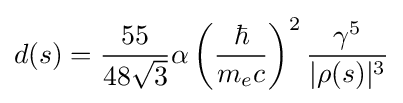
d(s)={\frac {55}{48{\sqrt {3}}}}\alpha \left({\frac {\hbar }{m_{e}c}}\right)^{2}{\frac {\gamma ^{5}}{|\rho (s)|^{3}}}